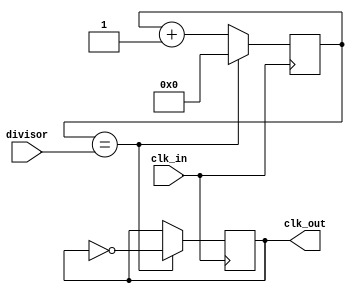
module clock_divider (
    input wire clk_in,
    input wire [7:0] divisor,
    output reg clk_out
);

reg [7:0] counter;

always @(posedge clk_in) begin
    if (counter == divisor) begin
        counter <= 0;
        clk_out <= ~clk_out;
    end else begin
        counter <= counter + 1;
    end
end

endmodule